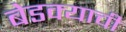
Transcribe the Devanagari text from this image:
बेडक्याची